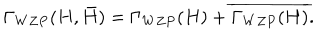
LaTeX: \Gamma _ { W Z P } ( H , \bar { H } ) = \Gamma _ { W Z P } ( H ) + \overline { { { \Gamma _ { W Z P } ( H ) } } } .